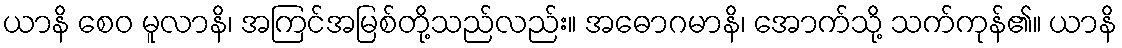
ယာနိ စေဝ မူလာနိ၊ အကြင်အမြစ်တို့သည်လည်း။ အဓောဂမာနိ၊ အောက်သို့ သက်ကုန်၏။ ယာနိ